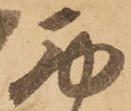
西